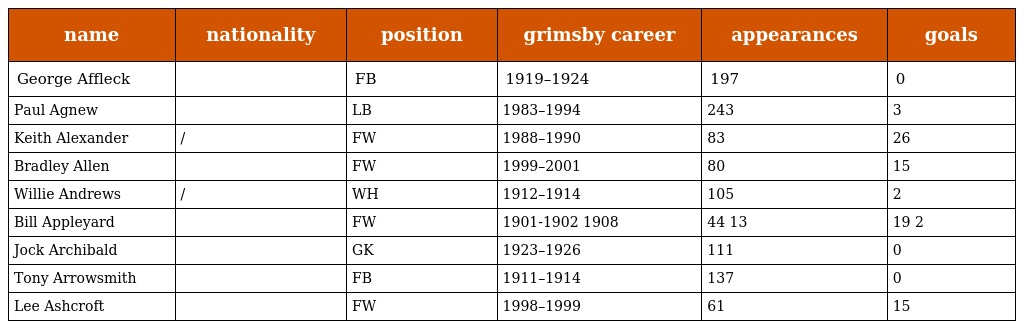
| name | nationality | position | grimsby career | appearances | goals |
 | --- | --- | --- | --- | --- | --- |
 | George Affleck |  | FB | 1919–1924 | 197 | 0 |
 | Paul Agnew |  | LB | 1983–1994 | 243 | 3 |
 | Keith Alexander | / | FW | 1988–1990 | 83 | 26 |
 | Bradley Allen |  | FW | 1999–2001 | 80 | 15 |
 | Willie Andrews | / | WH | 1912–1914 | 105 | 2 |
 | Bill Appleyard |  | FW | 1901-1902 1908 | 44 13 | 19 2 |
 | Jock Archibald |  | GK | 1923–1926 | 111 | 0 |
 | Tony Arrowsmith |  | FB | 1911–1914 | 137 | 0 |
 | Lee Ashcroft |  | FW | 1998–1999 | 61 | 15 |